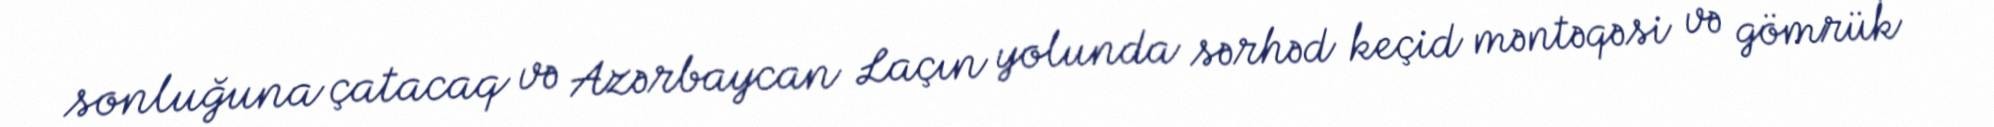
sonluğuna çatacaq və Azərbaycan Laçın yolunda sərhəd keçid məntəqəsi və gömrük